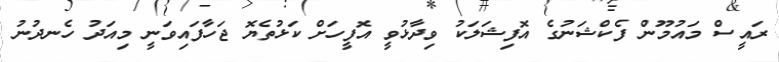
ރައީސް މައުމޫން ފެކްޝަނުގެ އޮފިޝަލަކު ވިދާޅުވީ އޮފީހަށް ކަޅުތެޔޮ ޖަހާފައިވަނީ މިއަދު ހެނދުނު